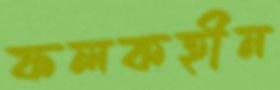
ফলকহীন